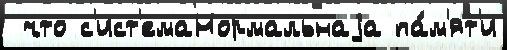
 что с'ист'емаНормальнаjа па́м'ят'и